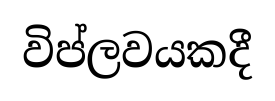
විප්ලවයකදී